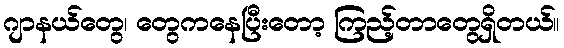
ဂျာနယ်တွေ၊ တွေကနေပြီးတော့ ကြည့်တာတွေရှိတယ်။